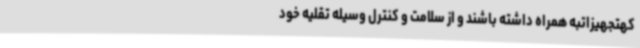
کهتجهیزاتبه همراه داشته باشند و از سلامت و کنترل وسیله تقلیه خود